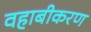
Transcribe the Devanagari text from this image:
वहाबीकरण